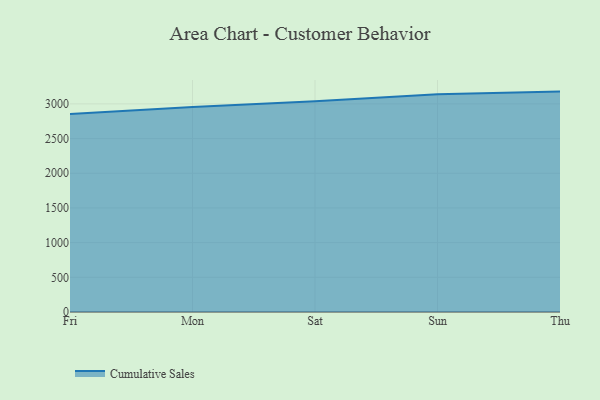
{"axis": {"x": "Day", "y": "Inventory Turnover"}, "legend": ["Cumulative Sales"], "data": [{"x": "Fri", "y": 2855.1, "type": "Cumulative Sales"}, {"x": "Mon", "y": 2956.5, "type": "Cumulative Sales"}, {"x": "Sat", "y": 3038.5, "type": "Cumulative Sales"}, {"x": "Sun", "y": 3138.7, "type": "Cumulative Sales"}, {"x": "Thu", "y": 3177.0, "type": "Cumulative Sales"}]}